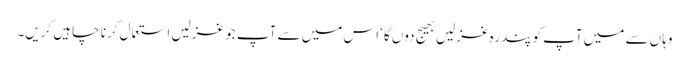
وہاں سے میں آپ کو پندرہ غزلیں بھیج دوں گا‘ اس میں سے آپ جو غزلیں استعمال کرنا چاہیں کریں۔